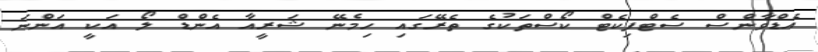
އެޑްވާންސް ސެޓްފިކެޓް ކޯސްތަކުގެ ތެރޭގައި ހިމެނޭ ޝަރީއާ އެންޑް ލޯ އަކީ އަންނަ